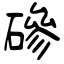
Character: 磣